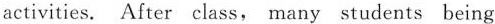
activities. After class, many students being